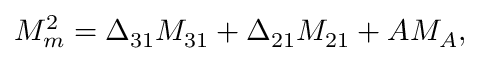
M _ { m } ^ { 2 } = \Delta _ { 3 1 } M _ { 3 1 } + \Delta _ { 2 1 } M _ { 2 1 } + A M _ { A } ,